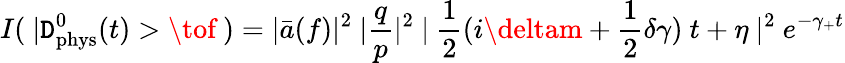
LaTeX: I(~|\mathtt{D}_{\mathrm{{phys}}}^{0}(t)>\tof~)=|\bar{{a}}(f)|^{2}~|\frac{{q}}{{p}}|^{2}~|~\frac{{1}}{{2}}(i\deltam+\frac{{1}}{{2}}\delta\gamma)~t+\eta~|^{2}~e^{-\gamma_{+}t}